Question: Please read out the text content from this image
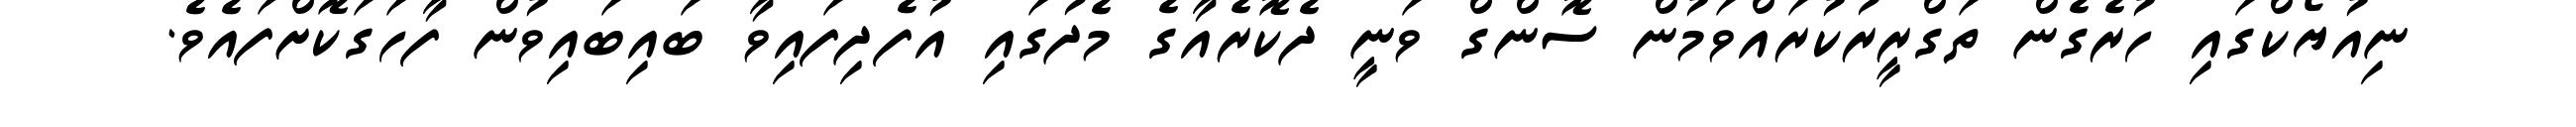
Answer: ނިއުޔޯކްގައި ހުރެގެން ތަގްރީރުކުރައްވަމުން ސޮންގް ވަނީ ދެކޮރެއާގެ މެދުގައި އުފެދިފައިވާ ބައިބައިވުން ފާހަގަކޮށްފައެވެ.